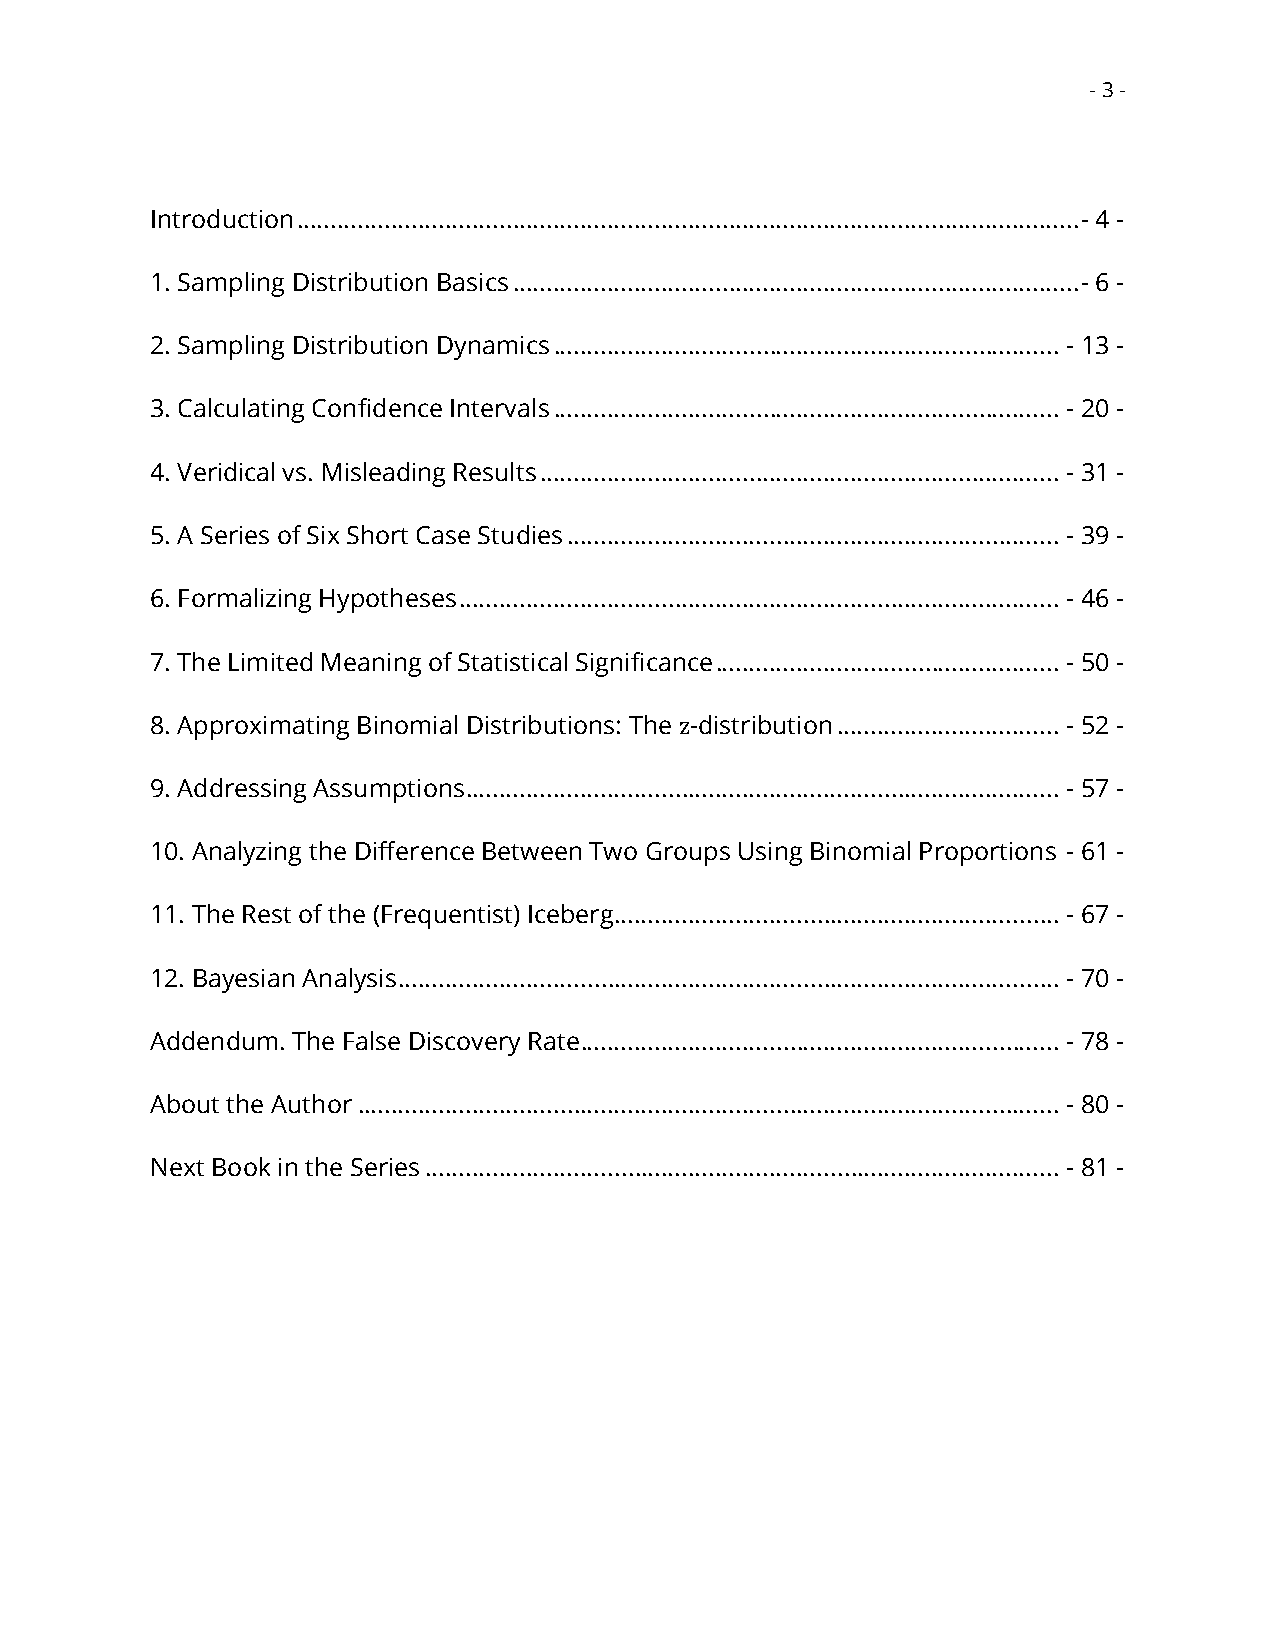
- 3 -
 Introduction .................................................................................................................... - 4 -
 1. Sampling Distribution Basics .................................................................................... - 6 -
 2. Sampling Distribution Dynamics ........................................................................... - 13 -
 3. Calculating Confidence Intervals ........................................................................... - 20 -
 4. Veridical vs. Misleading Results ............................................................................. - 31 -
 5. A Series of Six Short Case Studies ......................................................................... - 39 -
 6. Formalizing Hypotheses ......................................................................................... - 46 -
 7. The Limited Meaning of Statistical Significance ................................................... - 50 -
 8. Approximating Binomial Distributions: The z-distribution ................................. - 52 -
 9. Addressing Assumptions ........................................................................................ - 57 -
 10. Analyzing the Difference Between Two Groups Using Binomial Proportions - 61 -
 11. The Rest of the (Frequentist) Iceberg .................................................................. - 67 -
 12. Bayesian Analysis .................................................................................................. - 70 -
 Addendum. The False Discovery Rate ....................................................................... - 78 -
 About the Author ........................................................................................................ - 80 -
 Next Book in the Series .............................................................................................. - 81 -